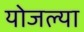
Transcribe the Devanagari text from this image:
योजल्या